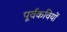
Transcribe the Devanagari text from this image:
पूर्वकवियों